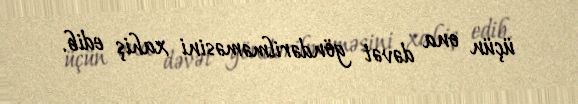
üçün ona dəvət göndərilməməsini xahiş edib.